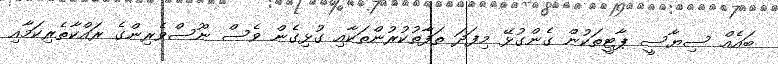
ބައެއް ސިޔާސީ ޕާޓީތަކުން ގެންގުޅޭ މިފަދަ ތަފާތުކުރުންތަކާއި ގުޅިގެން ވެސް ނޫސްވެރިންގެ ރައްކާތެރިކަމާއި